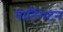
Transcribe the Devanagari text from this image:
पाटिंगटन